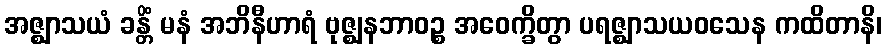
အဇ္ဈာသယံ ခန္တိံ မနံ အဘိနီဟာရံ ဗုဇ္ဈနဘာဝဉ္စ အဝေက္ခိတွာ ပရဇ္ဈာသယဝသေန ကထိတာနိ၊